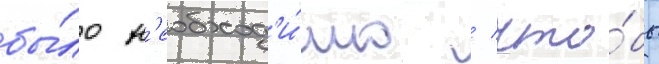
бы́ло н'еобход'и́мо / что́бы